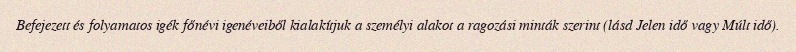
Befejezett és folyamatos igék főnévi igenéveiből kialakítjuk a személyi alakot a ragozási minták szerint (lásd Jelen idő vagy Múlt idő).